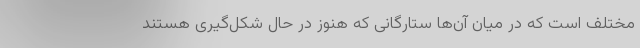
مختلف است که در میان آن‌ها ستارگانی که هنوز در حال شکل‌گیری هستند